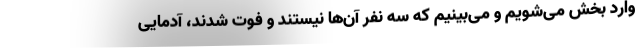
وارد بخش می‌شویم و می‌بینیم که سه نفر آن‌ها نیستند و فوت شدند، آدمایی